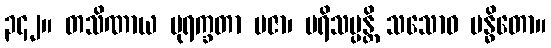
၃၄၂။ တသိဏာယ ပုရက္ခတာ ပဇာ၊ ပရိသပ္ပန္တိ သသောဝ ဗန္ဓိတော။